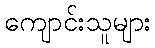
ကျောင်းသူများ